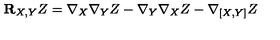
{ \bf R } _ { X , Y } Z = \nabla _ { X } \nabla _ { Y } Z - \nabla _ { Y } \nabla _ { X } Z - \nabla { _ { [ X , Y ] } } Z